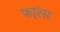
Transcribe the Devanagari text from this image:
फा्रंस